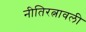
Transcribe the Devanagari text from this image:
नीतिरत्नावली